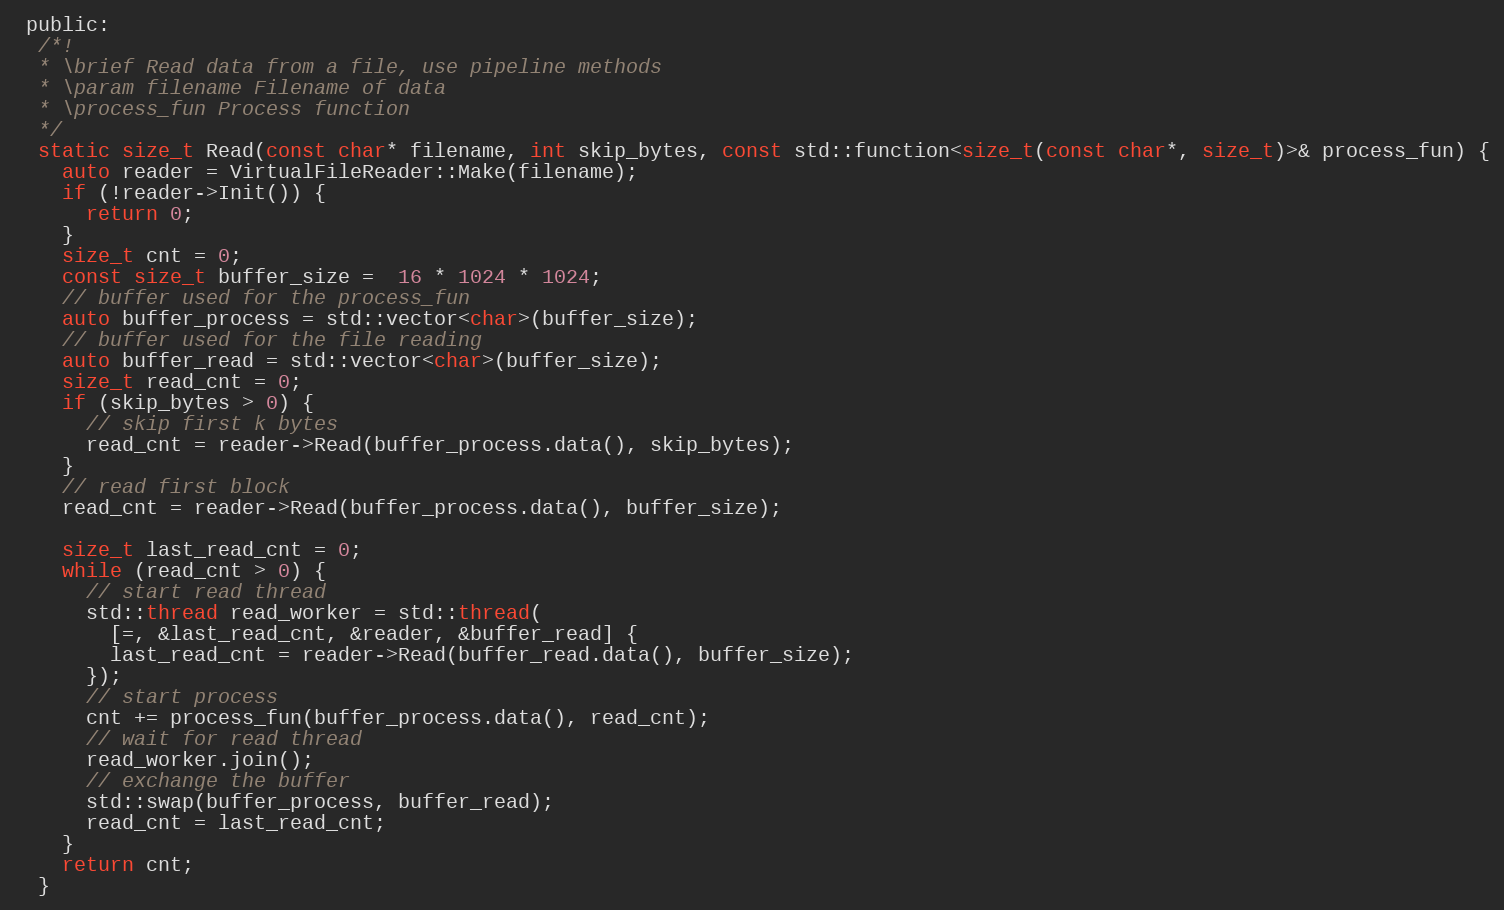
Language: C
 public:
  /*!
  * \brief Read data from a file, use pipeline methods
  * \param filename Filename of data
  * \process_fun Process function
  */
  static size_t Read(const char* filename, int skip_bytes, const std::function<size_t(const char*, size_t)>& process_fun) {
    auto reader = VirtualFileReader::Make(filename);
    if (!reader->Init()) {
      return 0;
    }
    size_t cnt = 0;
    const size_t buffer_size =  16 * 1024 * 1024;
    // buffer used for the process_fun
    auto buffer_process = std::vector<char>(buffer_size);
    // buffer used for the file reading
    auto buffer_read = std::vector<char>(buffer_size);
    size_t read_cnt = 0;
    if (skip_bytes > 0) {
      // skip first k bytes
      read_cnt = reader->Read(buffer_process.data(), skip_bytes);
    }
    // read first block
    read_cnt = reader->Read(buffer_process.data(), buffer_size);

    size_t last_read_cnt = 0;
    while (read_cnt > 0) {
      // start read thread
      std::thread read_worker = std::thread(
        [=, &last_read_cnt, &reader, &buffer_read] {
        last_read_cnt = reader->Read(buffer_read.data(), buffer_size);
      });
      // start process
      cnt += process_fun(buffer_process.data(), read_cnt);
      // wait for read thread
      read_worker.join();
      // exchange the buffer
      std::swap(buffer_process, buffer_read);
      read_cnt = last_read_cnt;
    }
    return cnt;
  }